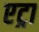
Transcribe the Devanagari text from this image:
एट्रा